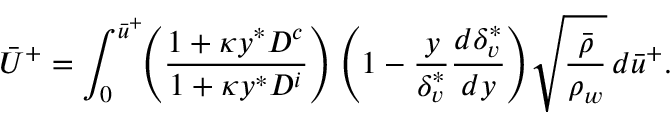
\Bar { U } ^ { + } = \int _ { 0 } ^ { \Bar { u } ^ { + } } \! \! \left( { \frac { 1 + \kappa y ^ { * } { D ^ { c } } } { 1 + \kappa { y ^ { * } } { D ^ { i } } } } \right) { \left( { 1 - \frac { y } { \delta _ { v } ^ { * } } \frac { d \delta _ { v } ^ { * } } { d y } } \right) } \sqrt { \frac { \Bar { \rho } } { \rho _ { w } } } \, { d \Bar { u } ^ { + } } .